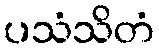
ပသံသိတံ